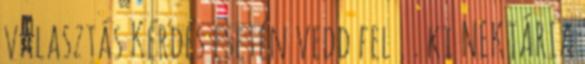
választás Kérdés esetén vedd fel . . ki NEKTÁRIA